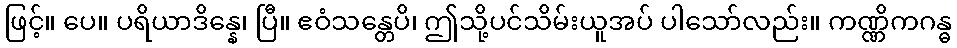
ဖြင့်။ ပေ။ ပရိယာဒိန္နေ၊ ပြီ။ ဧဝံသန္တေပိ၊ ဤသို့ပင်သိမ်းယူအပ် ပါသော်လည်း။ ကဏ္ဏိကဂန္ဓ